Annual report on the Civil Veterinary Department, Burma (including the Insein Veterinary School) - 1932-1941
Year: 1932
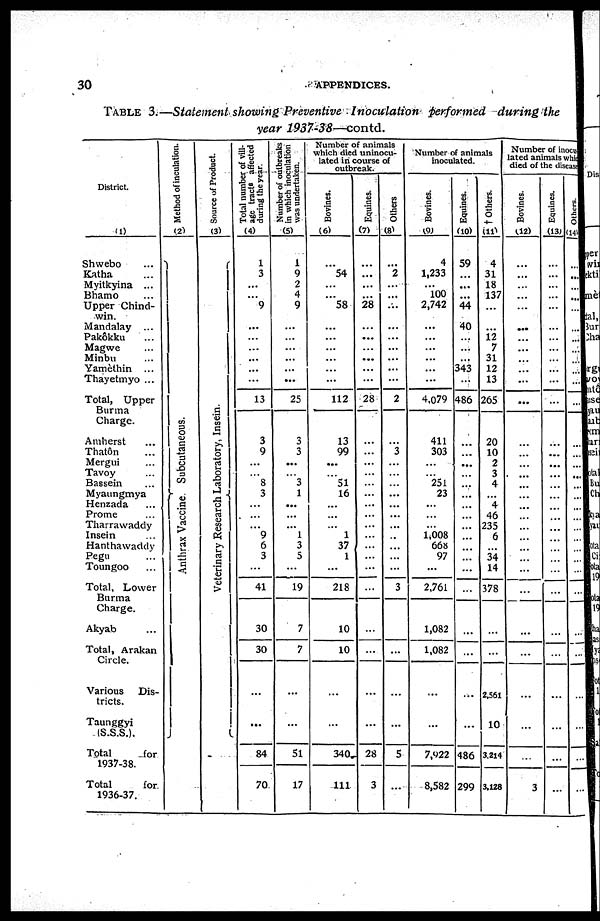
30
APPENDICES.
TABLE
3.—Statement showing Preventive
Inoculation
performed
during
the
year
1937-38—contd.
District.
(1)
Shwebo ...
Katha ...
Myitkyina ...
Bhamo ...
Upper Chind-
win.
Mandalay ...
Pakôkku ...
Magwe ...
Minbu ...
Yamèthin ...
Thayetmyo ...
Total, Upper
Burma
Charge.
Amherst ...
Thatôn ...
Mergui ...
Tavoy ...
Bassein ...
Myaungmya
Henzada ...
Prome ...
Tharrawaddy
Insein ...
Hanthawaddy
Pegu ...
Toungoo ...
Total, Lower
Burma
Charge.
Akyab ...
Total, Arakan
Circle.
Various Dis-
tricts.
Taunggyi
(S.S.S.).
Total
for
1937-38.
Total
for
1936-37.
Method of inculation.
(2)
Anthrax Vaccine. Subcutaneous.
Source of Product.
(3)
Veterinary Research Laboratory, Insein.
Total number of vill-
age tracts affected
during the year.
(4)
1
3
...
...
9
...
...
...
...
...
...
13
3
9
...
...
8
3
...
...
...
9
6
3
...
41
30
30
...
...
84
70
Number of outbreaks
in which inoculation
was undertaken.
(5)
1
9
2
4
9
...
...
...
...
...
...
25
3
3
...
...
3
1
...
...
...
1
3
5
...
19
7
7
...
...
51
17
Number of animals
which died uninocu-
lated in course of
outbreak.
Bovines.
(6)
...
54
...
...
58
...
...
...
...
...
...
112
13
99
...
...
51
16
...
...
...
1
37
1
...
218
10
10
...
...
340
111
Equines.
(7)
...
...
...
...
28
...
...
...
...
...
28
...
...
...
...
...
...
...
...
...
...
...
...
...
...
...
...
...
...
28
3
Others
(8)
...
2
...
...
...
...
...
...
...
...
...
2
...
3
...
...
...
...
...
...
...
...
...
...
...
3
...
...
...
...
5
...
Number of animals
inoculated.
Bovines.
(9)
4
1,233
...
100
2,742
...
...
...
...
...
...
4,079
411
303
...
...
251
23
...
...
...
1,008
668
97
...
2,761
1,082
1,082
...
...
7,922
8,582
Equines.
(10)
59
...
...
44
40
...
...
...
343
...
486
...
...
...
...
...
...
...
...
...
...
...
...
...
...
...
...
...
...
486
299
† Others.
(11)
4
31
18
137
...
...
12
7
31
12
13
265
20
10
2
3
4
...
4
46
235
6
...
34
14
378
...
...
2,561
10
3,214
3,128
Number of inocu-
lated animals which
died of the disease.
Bovines.
(12)
...
...
...
...
...
...
...
...
...
...
...
...
...
...
...
...
...
...
...
...
...
...
...
...
...
...
...
...
...
...
...
3
Equines.
(13)
...
...
...
...
...
...
...
...
...
...
...
...
...
...
...
...
...
...
...
...
...
...
...
...
...
...
...
...
...
...
...
...
Others.
(14)
...
...
...
...
...
...
...
...
...
...
...
...
...
...
...
...
...
...
...
...
...
...
...
...
...
...
...
...
...
...
...
...